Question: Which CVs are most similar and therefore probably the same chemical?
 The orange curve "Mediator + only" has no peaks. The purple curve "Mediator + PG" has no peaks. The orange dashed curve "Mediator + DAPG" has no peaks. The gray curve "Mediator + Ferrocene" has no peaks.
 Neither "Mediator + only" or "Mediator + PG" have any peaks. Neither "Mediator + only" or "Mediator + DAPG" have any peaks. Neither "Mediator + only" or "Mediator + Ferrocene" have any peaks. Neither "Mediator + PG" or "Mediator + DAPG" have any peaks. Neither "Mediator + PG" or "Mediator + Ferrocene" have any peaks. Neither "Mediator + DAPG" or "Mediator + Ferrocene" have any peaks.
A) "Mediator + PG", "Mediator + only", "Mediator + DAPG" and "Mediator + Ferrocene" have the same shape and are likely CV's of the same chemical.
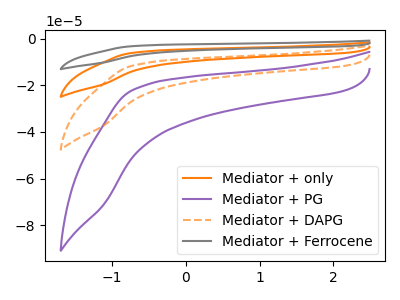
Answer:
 <answer>A) "Mediator + PG", "Mediator + only", "Mediator + DAPG" and "Mediator + Ferrocene" have the same shape and are likely CV's of the same chemical.</answer>
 <eval>A</eval>